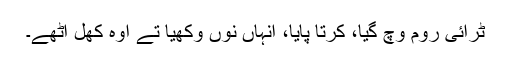
ٹرائی روم وچ گیا، کُرتا پایا، انہاں نوں وکھیا تے اوہ کھِل اُٹھے۔